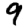
Digit: 9